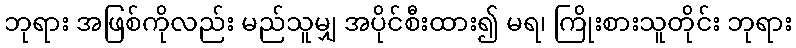
ဘုရား အဖြစ်ကိုလည်း မည်သူမျှ အပိုင်စီးထား၍ မရ၊ ကြိုးစားသူတိုင်း ဘုရား